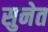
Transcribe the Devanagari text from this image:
सुनेत